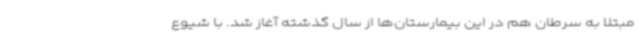
مبتلا به سرطان هم در این بیمارستان‌ها از سال گذشته آغاز شد. با شیوع